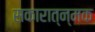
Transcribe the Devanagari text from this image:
सकारात्न्मक